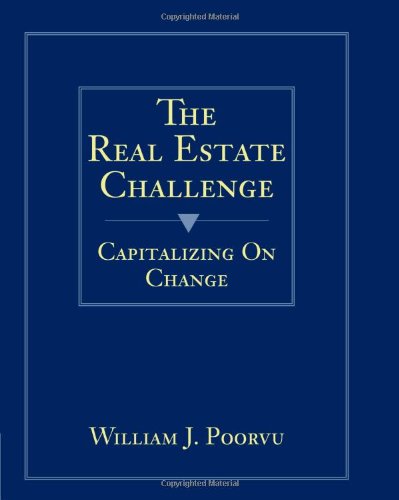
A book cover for The Real Estate Challenge: Capitalizing on Change; William J. Poorvu; Business & Money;